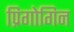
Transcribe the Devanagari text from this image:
प्रिगोगिन